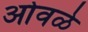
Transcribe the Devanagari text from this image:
ओवळे